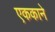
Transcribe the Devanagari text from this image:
एककाने